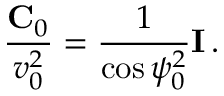
\frac { { \bf C } _ { 0 } } { v _ { 0 } ^ { 2 } } = \frac { 1 } { \cos \psi _ { 0 } ^ { 2 } } { \bf I } \, .